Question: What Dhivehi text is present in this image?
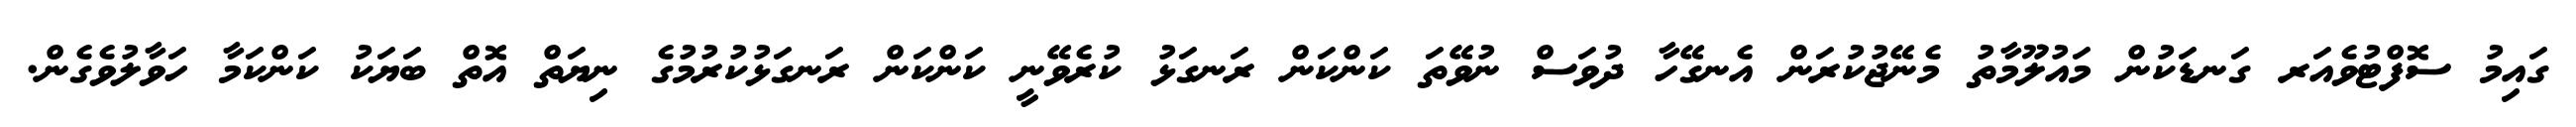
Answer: ގައިމު ސޮފްޓުވެއަރ ގަނޑަކުން މައުލޫމާތު މެނޭޖުކުރަން އެނގޭހާ ދުވަސް ނުވޭތަ ކަންކަން ރަނގަޅު ކުރެވޭނީ ކަންކަން ރަނގަޅުކުރުމުގެ ނިޔަތް އޮތް ބަޔަކު ކަންކަމާ ހަވާލުވެގެން.